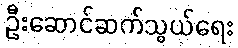
ဦးဆောင်ဆက်သွယ်ရေး